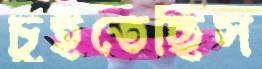
চুইতেছিস